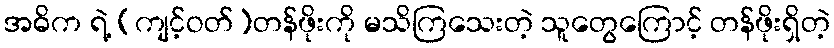
အဓိက ရဲ့ (ကျင့်ဝတ်)တန်ဖိုးကို မသိကြသေးတဲ့ သူတွေကြောင့် တန်ဖိုးရှိတဲ့